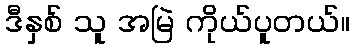
ဒီနှစ် သူ အမြဲ ကိုယ်ပူတယ်။